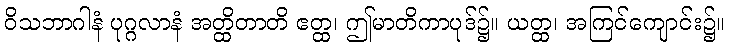
ဝိသဘာဂါနံ ပုဂ္ဂလာနံ အတ္ထိတာတိ ဧတ္ထ၊ ဤမာတိကာပုဒ်၌။ ယတ္ထ၊ အကြင်ကျောင်း၌။